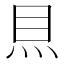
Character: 𥄧